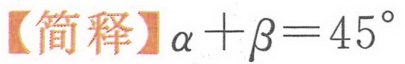
【简释】\(\alpha+\beta = 45^{\circ}\)